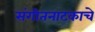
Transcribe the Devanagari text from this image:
संगीतनाटकाचे